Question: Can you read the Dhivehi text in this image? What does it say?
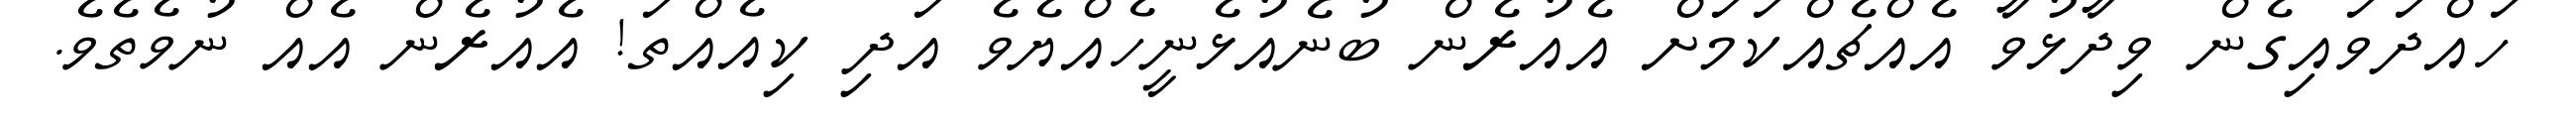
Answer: ހައްދަވައިގެން ވިދާޅުވާ އެއްޗެއްކަމަށް އެއުރެން ބުނެއުޅެނީހެއްޔެވެ އަދި ކިއެއްތަ! އެއުރެން އެއް ނުވެތެވެ.